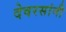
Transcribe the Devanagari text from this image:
देवरसांनी